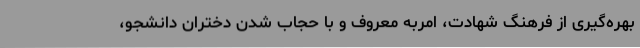
بهره‌گیری از فرهنگ شهادت، امربه معروف و با حجاب شدن دختران دانشجو،